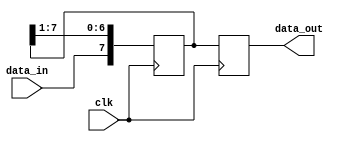
module serial_in_parallel_out (
    input data_in,
    input clk,
    output reg [7:0] data_out
);

reg [7:0] register;

always @(posedge clk) begin
    register <= {data_in, register[7:1]};
    data_out <= register;
end

endmodule